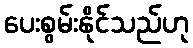
ပေးစွမ်းနိုင်သည်ဟု